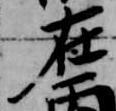
在